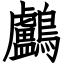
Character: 鸕